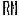
RM